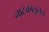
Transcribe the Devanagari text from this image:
नाटकातूनच